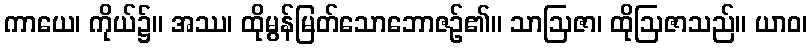
ကာယေ၊ ကိုယ်၌။ အဿ၊ ထိုမွန်မြတ်သောဘောဇဉ်၏။ သာဩဇာ၊ ထိုဩဇာသည်။ ယာဝ၊